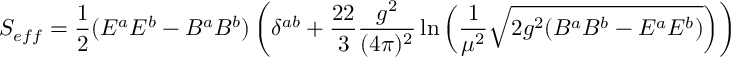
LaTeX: S _ { e f f } = \frac { 1 } { 2 } ( E ^ { a } E ^ { b } - B ^ { a } B ^ { b } ) \left( \delta ^ { a b } + \frac { 2 2 } { 3 } \frac { g ^ { 2 } } { ( 4 \pi ) ^ { 2 } } \ln \left( \frac { 1 } { \mu ^ { 2 } } \sqrt { 2 g ^ { 2 } ( B ^ { a } B ^ { b } - E ^ { a } E ^ { b } ) } \right) \right)